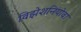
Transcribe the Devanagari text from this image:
विझेशनियोवा